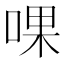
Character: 𠵩